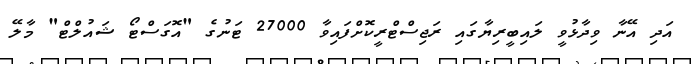
އަދި އޭނާ ވިދާޅުވީ ލައިބީރިޔާގައި ރަޖިސްޓްރީކޮށްފައިވާ 27000 ޓަނުގެ "އޮގަސްޓޯ ޝައުލްޓް" މާލޭ